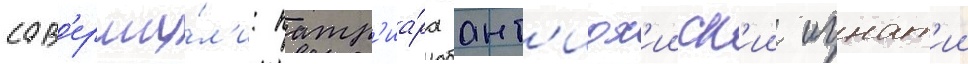
сов'ерши́л'и: патр'иа́рх ант'иох'ииск'ии игнат'ии